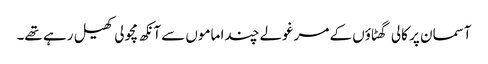
آسمان پر کالی گھٹاؤں کے مرغولے چندا ماموں سے آنکھ مچولی کھیل رہے تھے۔